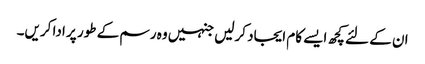
ان کے لئے کچھ ایسے کام ایجاد کرلیں جنہیں وہ رسم کے طور پر ادا کریں۔